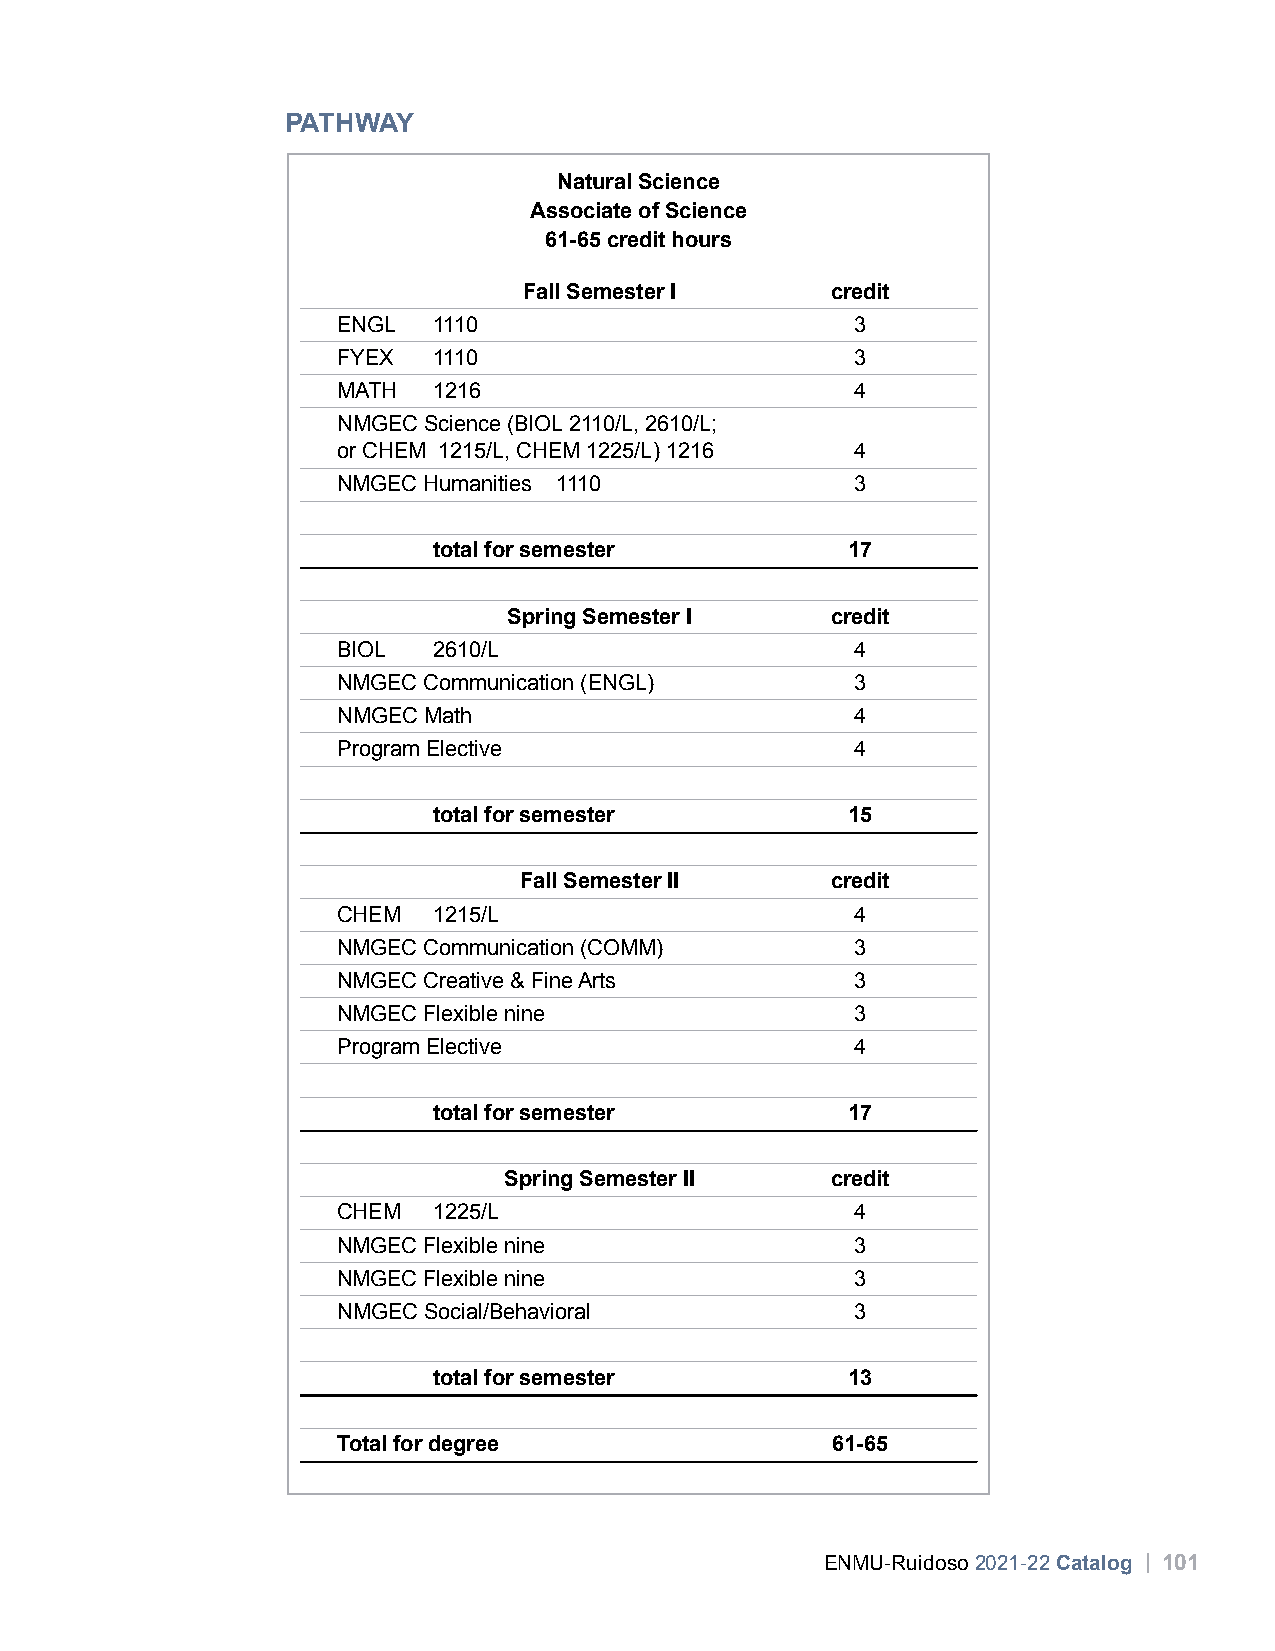
PATHWAY
 Natural Science
 Associate of Science
 61-65 credit hours
 Fall Semester I     credit
 ENGL   1110                        3
 FYEX   1110                        3
 MATH   1216                        4
 NMGEC Science (BIOL 2110/L, 2610/L;
 or CHEM 1215/L, CHEM 1225/L) 1216  4
 NMGEC Humanities 1110              3
 total for semester         17
 Spring Semester I    credit
 BIOL   2610/L                      4
 NMGEC Communication (ENGL)         3
 NMGEC Math                         4
 Program Elective                   4
 total for semester         15
 Fall Semester II     credit
 CHEM   1215/L                      4
 NMGEC Communication (COMM)         3
 NMGEC Creative & Fine Arts         3
 NMGEC Flexible nine                3
 Program Elective                   4
 total for semester         17
 Spring Semester II    credit
 CHEM   1225/L                      4
 NMGEC Flexible nine                3
 NMGEC Flexible nine                3
 NMGEC Social/Behavioral            3
 total for semester         13
 Total for degree                 61-65
 ENMU-Ruidoso 2021-22 Catalog | 101